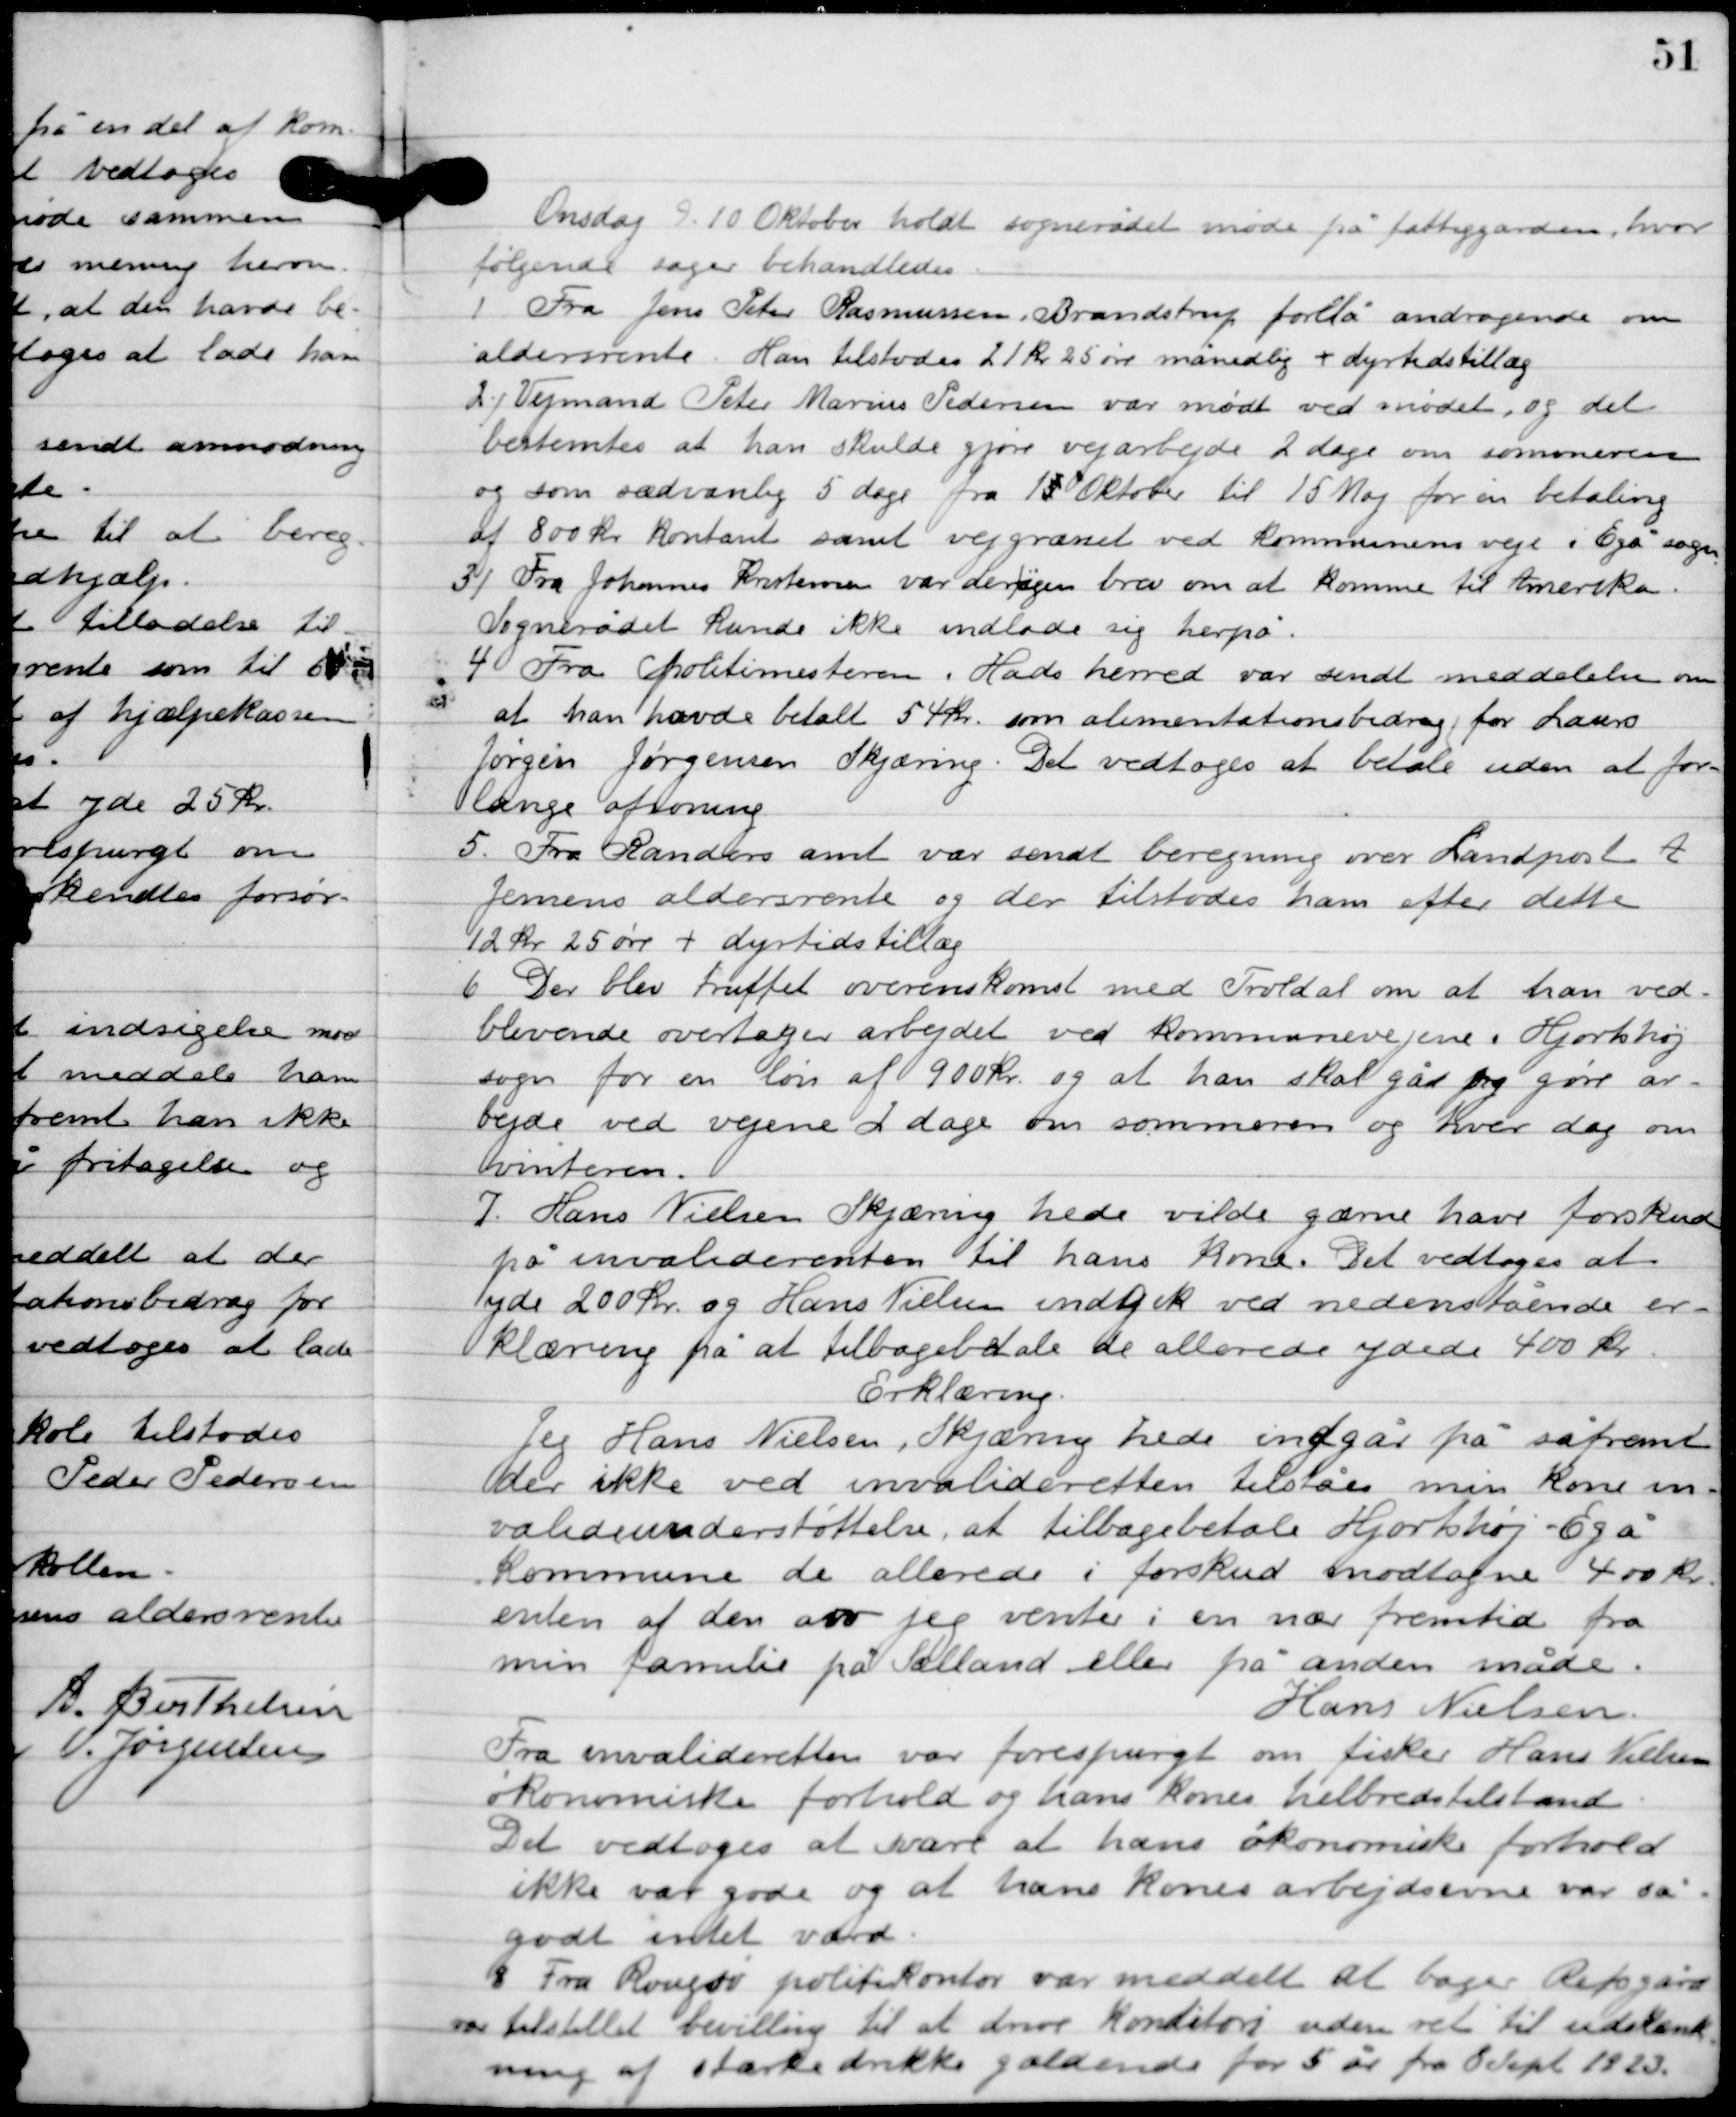
Transskription:
Onsdag D. 10. Oktober holdt sognerådet møde på fattiggården, hvor
følgende sager behandledes.

1

Fra Jens Peter Rasmussen, Brandstrup forelå andragende om
aldersrente. Han tilstodes 21 kr. 25 øre månedlig + dyrtidstillæg.

2

Vejmand Peter Marius Pedersen var mødt ved mødet, og det
bestemtes at han skulde gøre vejarbejde 2 dage om sommeren
og som sædvanlig 5 dag fra 1. Oktober til 15 Maj for en betaling
af 800 kr. kontant samt vejgranet ved kommunens veje i Egå sogn.

3

Fra Johannes Kristensen var der｜igen brev om at komme til Amerika.
Sognerådet kunde ikke indlade sig herpå.

4

Fra politimesteren, Hads herred var sendt meddelelse om
at han havde betalt 54 kr. som alimentationsbidrag for Laurs
Jørgen Jørgensen Skjæring. Det vedtoges at betale uden at for
lange afsoning.

5

Fra Randers amt var sendt beregning over Landpost A.
Jensens aldersrente og der tilstodes ham efter dette
12 kr. 25 øre + dyrtidstillæg.

6

Der blev truffet overenskomst med Troldal om at han ved-
blivende overtager arbejdet ved kommunevejene i Hjorthøj
sogn for en løn af 900 kr. og at han skal gå og gøre ar-
bejde ved vejene 2 dage om sommeren og hver dag om
 vinteren.

7

Hans Nielsen Skjæring hede vilde gærne have forskud
på invaliderenten til hans kone. Det vedtoges at
yde 200 kr. og Hans Nielsen indgik ved nedenstående er-
klæring på at tilbagebetale de allerede ydede 400 kr.

Erklæring
Jeg Hans Nielsen Skjæring hede indgår på såfremt
der ikke ved invaliderenten tilståes min kone in-
valideunderstøttelse, at tilbagebetale Hjortshøj-Egå
Kommune de allerede i forskud modtagne 400 kr.
enten af den arv jeg venter i en nær fremtid fra
min familie på Sjælland eller på anden måde.
Hans Nielsen

Fra invalideretten var forespurgt om fisker Hans Nielsens
økonomiske forhold og hans kones helbredstilstand.
Det vedtoges at svare at hans økonomiske forhold
ikke var gode og at hans kones arbejdsevne var så
godt intet værd.

8

Fra Rougsø politikontor var meddelt at bager Repsgård
var tilstillet bevilling til at drive konditori uden ret til udskænk-
ning af stærke drikke gældende for 5 år fra 8 Sept. 1923.